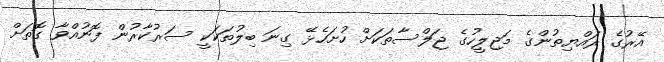
އޭރުގެ ރައްޔިތުންގެ މަޖިލީހުގެ ޖަލްސާތަކަށް ހުށަހެޅޭ ގިނަ ބިލުތަކަކީ ސަރުކާރުން ފޮނުއްވާ ގޮތަށް